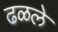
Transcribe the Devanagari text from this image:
ढळले